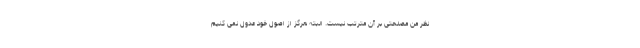
نظر من مصلحتی بر آن مترتب نیست. البته هرگز از اصول خود عدول نمی کنیم